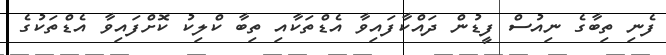
ފެނި ތިބާގެ ނިއުސް ފީޑުން ދައްކާފައިވާ އެޑްތަކާއި ތިބާ ކްލިކު ކޮށްފައިވާ އެޑްތަކުގެ